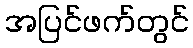
အပြင်ဖက်တွင်